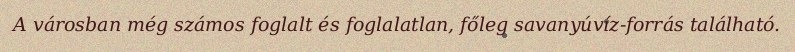
A városban még számos foglalt és foglalatlan, főleg savanyúvíz-forrás található.